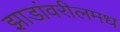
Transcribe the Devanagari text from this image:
झाडांवरीलमध